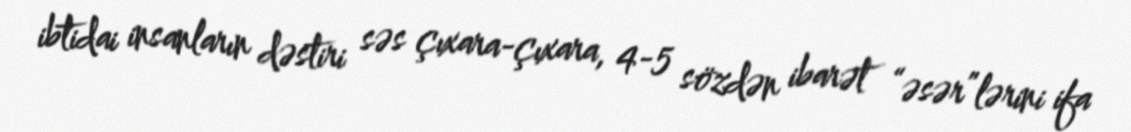
ibtidai insanların dəstiri səs çıxara-çıxara, 4-5 sözdən ibarət “əsər”lərini ifa